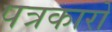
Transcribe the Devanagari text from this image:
पत्रकारो